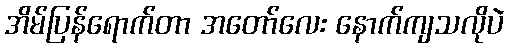
အိမ်ပြန်ရောက်တာ အတော်လေး နောက်ကျသလိုပဲ